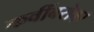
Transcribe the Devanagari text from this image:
कवींबरोबर